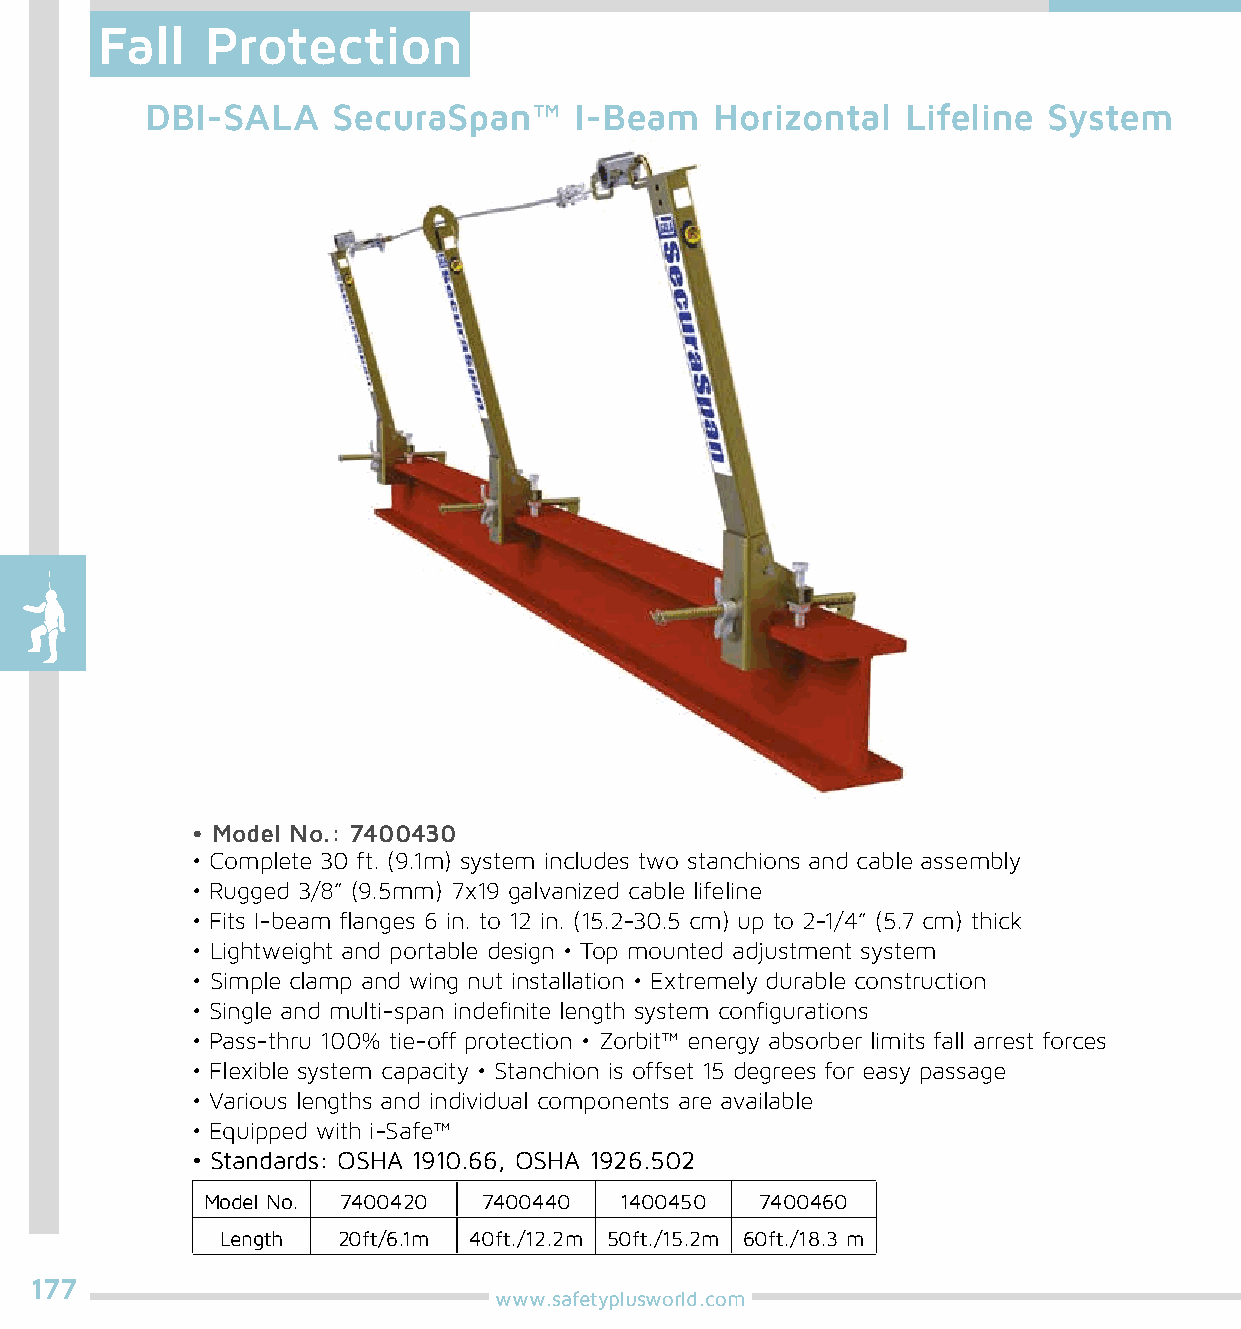
Fall    Protection
 DBI-SALA    SecuraSpan™     I-Beam   Horizontal   Lifeline System
 • Model No.: 7400430
 • Complete 30 ft. (9.1m) system includes two stanchions and cable assembly
 • Rugged 3/8” (9.5mm) 7x19 galvanized cable lifeline
 • Fits I-beam flanges 6 in. to 12 in. (15.2-30.5 cm) up to 2-1/4” (5.7 cm) thick
 • Lightweight and portable design • Top mounted adjustment system
 • Simple clamp and wing nut installation • Extremely durable construction
 • Single and multi-span indefinite length system configurations
 • Pass-thru 100% tie-off protection • Zorbit™ energy absorber limits fall arrest forces
 • Flexible system capacity • Stanchion is offset 15 degrees for easy passage
 • Various lengths and individual components are available
 • Equipped with i-Safe™
 • Standards: OSHA 1910.66, OSHA 1926.502
 Model No. 7400420  7400440  1400450  7400460
 Length 20ft/6.1m 40ft./12.2m 50ft./15.2m 60ft./18.3 m
 177
 www.safetyplusworld.com